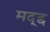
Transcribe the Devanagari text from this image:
मद्द्द